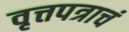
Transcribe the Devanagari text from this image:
वृत्तपत्राचं